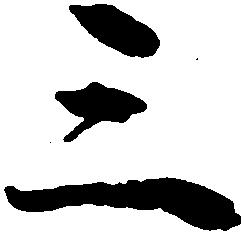
三